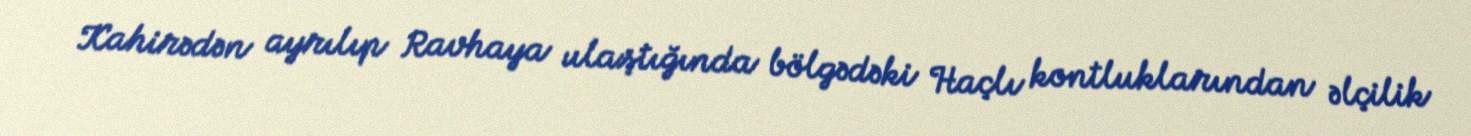
Kahirədən ayrılıp Ravhaya ulaştığında bölgədəki Haçlı kontluklarından əlçilik